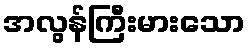
အလွန်ကြီးမားသော